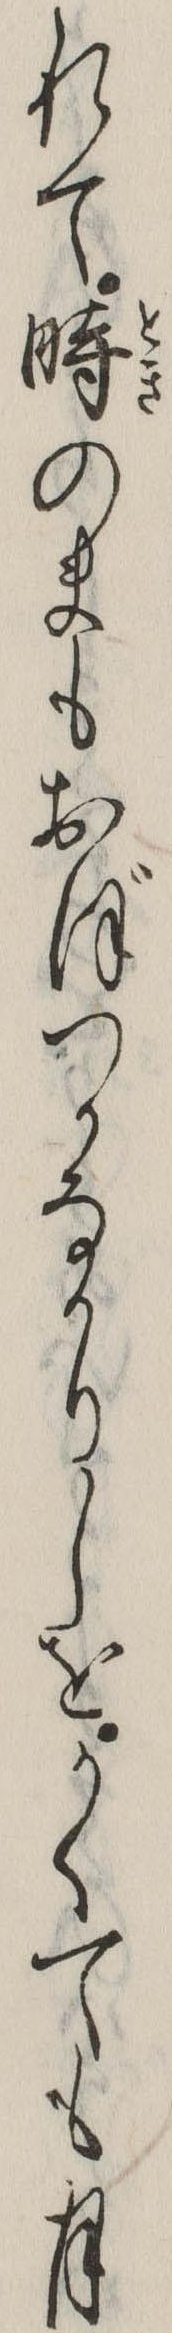
れて時のまもおぼつかなかりしをかくても月